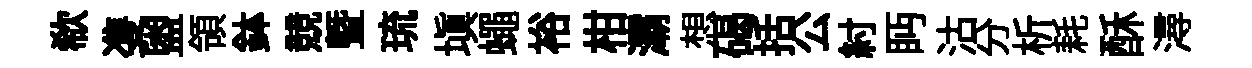
欷㕠盥領鉢競曁琉塡蠅裕柑灞想碣括公紂眄沽分析耗酥潯